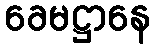
ခေမဋ္ဌာနေ